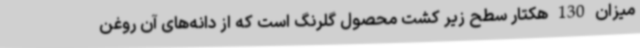
میزان 130 هکتار سطح زیر کشت محصول گلرنگ است که از دانه‌های آن روغن